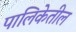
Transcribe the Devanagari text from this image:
पालिकेतील